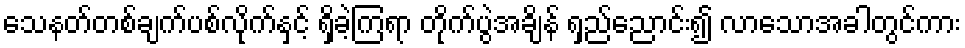
သေနတ်တစ်ချက်ပစ်လိုက်နှင့် ရှိခဲ့ကြရာ တိုက်ပွဲအချိန် ရှည်ညောင်း၍ လာသောအခါတွင်ကား